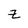
Character: Z